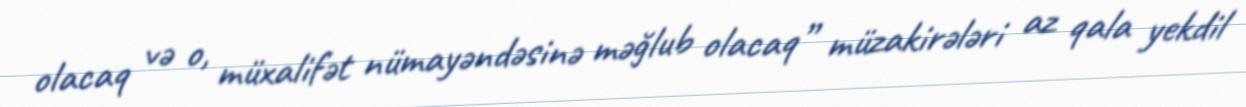
olacaq və o, müxalifət nümayəndəsinə məğlub olacaq” müzakirələri az qala yekdil